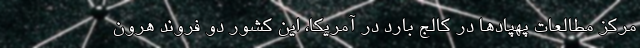
مرکز مطالعات پهپادها در کالج بارد در آمریکا، این کشور دو فروند هرون